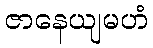
ဇာနေယျမဟံ